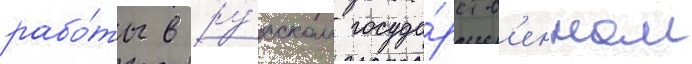
рабо́ты в ру́сском госуда́рств'енном